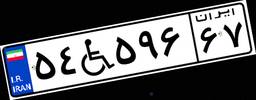
۵۴W۵۹۶۶۷